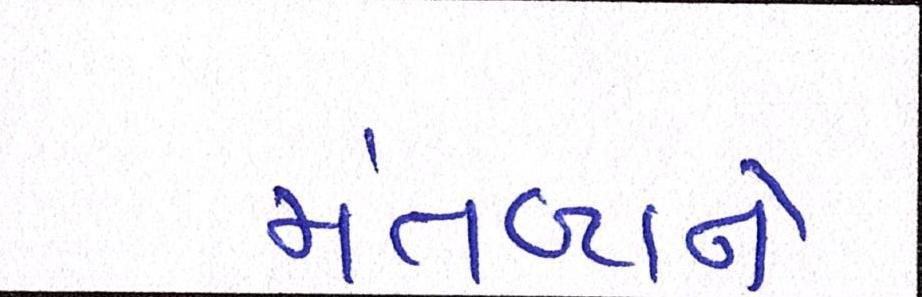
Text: મંતવ્યને